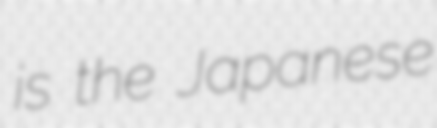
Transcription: is the Japanese